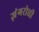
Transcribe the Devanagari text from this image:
ज़ंगरोधी